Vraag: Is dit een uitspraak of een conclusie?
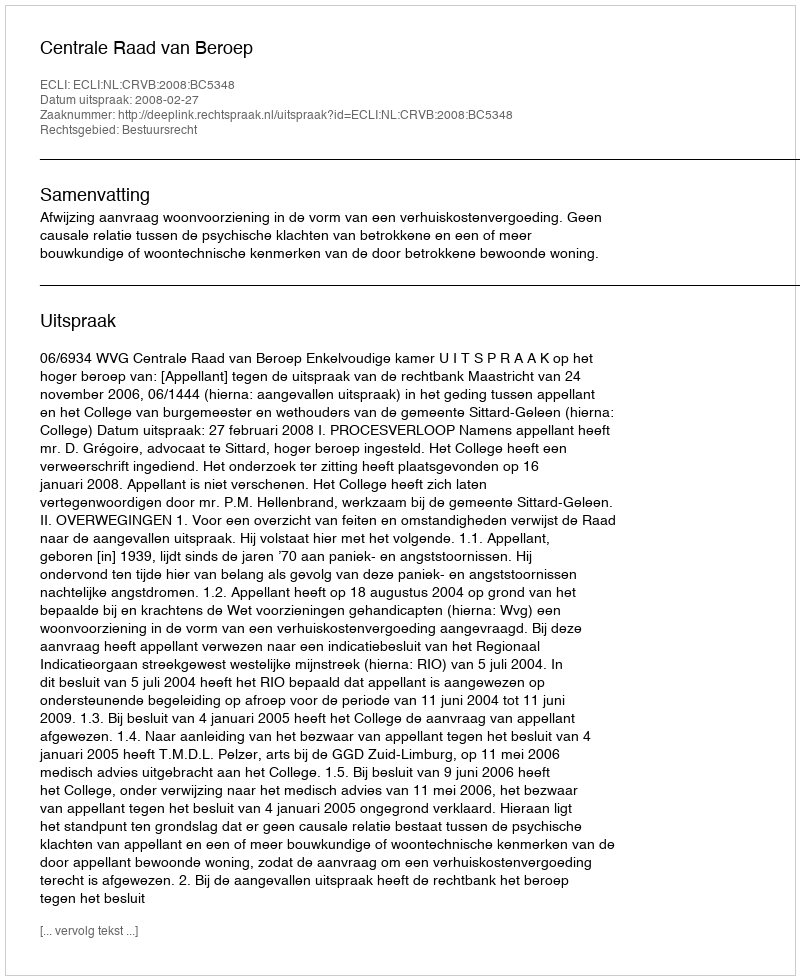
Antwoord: Uitspraak